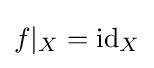
f|_{X}=\mathrm {id} _{X}